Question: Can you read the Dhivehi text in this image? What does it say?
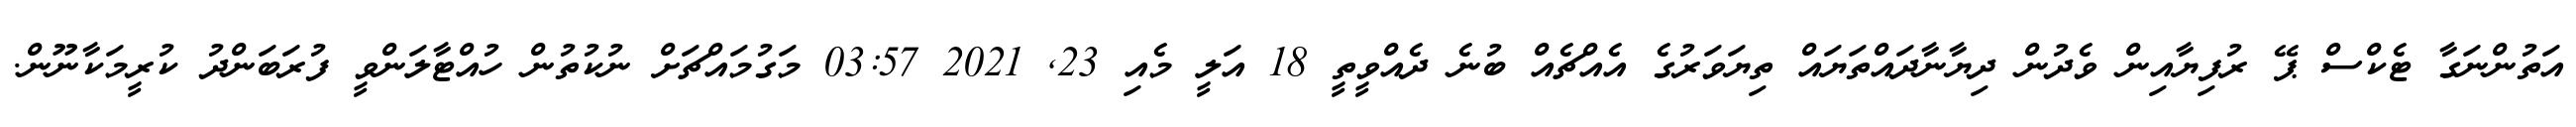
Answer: އަތުންނަގާ ޓެކްސް ޕޭ ރުފިޔާއިން ވެދުން ދިޔާނާދައްތަޔައް ތިޔަވަރުގެ އެއްޗެއް ބުނެ ދެއްވީތީ 18 އަލީ މެއި 23, 2021 03:57 މަގުމައްޗަށް ނުކުތުން ހުއްޓާލަންވީ ފުރަބަންދު ކުރީމަކާނޫން.